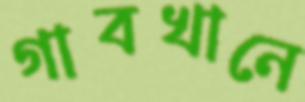
গাবখানে